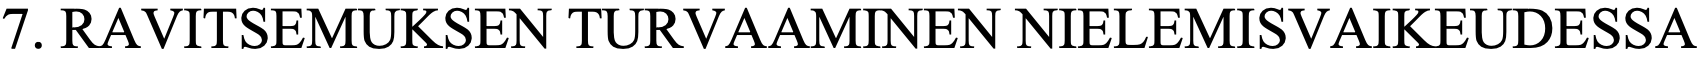
7. RAVITSEMUKSEN  TURVAAMINEN    NIELEMISVAIKEUDESSA